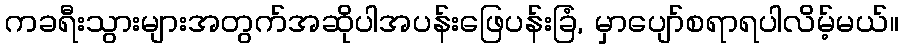
ကခရီးသွားများအတွက်အဆိုပါအပန်းဖြေပန်းခြံ, မှာပျော်စရာရပါလိမ့်မယ်။